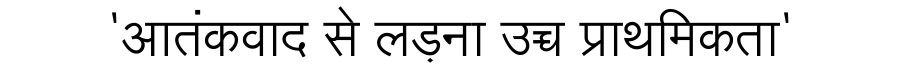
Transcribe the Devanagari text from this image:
'आतंकवाद से लड़ना उच्च प्राथमिकता'